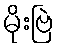
မိုးဗြဲ